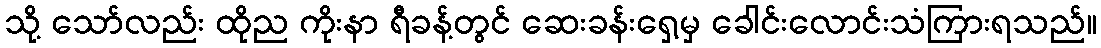
သို့ သော်လည်း ထိုည ကိုးနာ ရီခန့်တွင် ဆေးခန်းရှေ့မှ ခေါင်းလောင်းသံကြားရသည်။